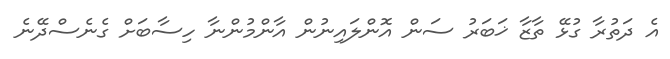
އެ ދަތުރާ ގުޅޭ ތާޒާ ޚަބަރު ސަން އޮންލައިނުން އާންމުންނާ ހިސާބަށް ގެނެސްދޭނެ